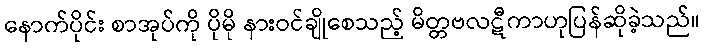
နောက်ပိုင်း စာအုပ်ကို ပိုမို နားဝင်ချိုစေသည့် မိတ္တဗလဋီကာဟုပြန်ဆိုခဲ့သည်။